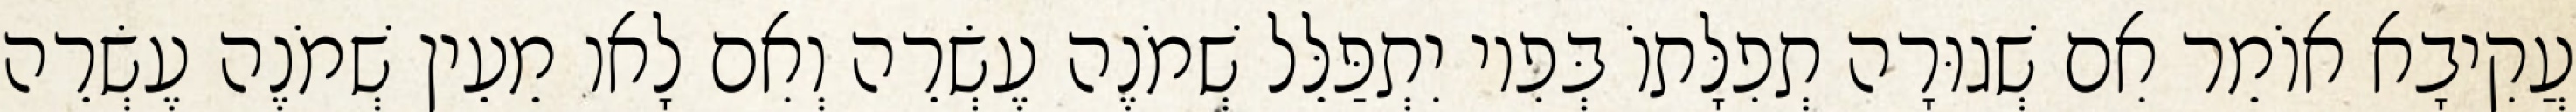
עֲקִיבָא אוֹמֵר אִם שְׁגוּרָה תְפִלָּתוֹ בְּפִיו יִתְפַּלֵּל שְׁמֹנֶה עֶשְׂרֵה וְאִם לָאו מֵעֵין שְׁמֹנֶה עֶשְׂרֵה